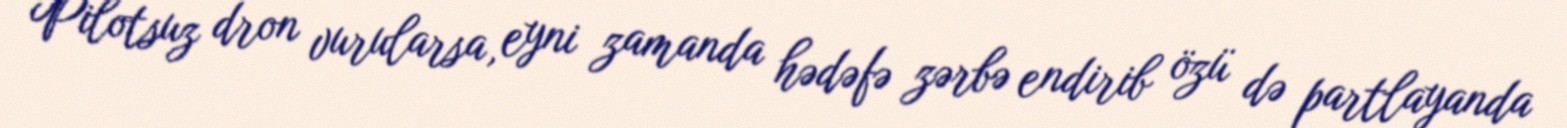
Pilotsuz dron vurularsa, eyni zamanda hədəfə zərbə endirib özü də partlayanda